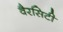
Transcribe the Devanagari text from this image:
वैरसिटी